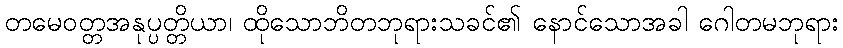
တမေဝတ္တအနုပ္ပတ္တိယာ၊ ထိုသောဘိတဘုရားသခင်၏ နောင်သောအခါ ဂေါတမဘုရား